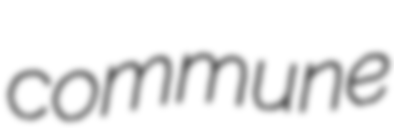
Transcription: commune